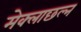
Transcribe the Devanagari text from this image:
मेक्लाछल्न